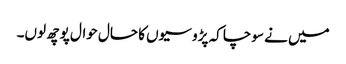
میں نے سوچا کہ پڑوسیوں کا حال حوال پوچھ لوں۔